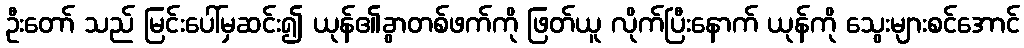
ဦးတော် သည် မြင်းပေါ်မှဆင်း၍ ယုန်၏ခွာတစ်ဖက်ကို ဖြတ်ယူ လိုက်ပြီးနောက် ယုန်ကို သွေးများစင်အောင်